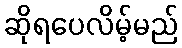
ဆိုရပေလိမ့်မည်